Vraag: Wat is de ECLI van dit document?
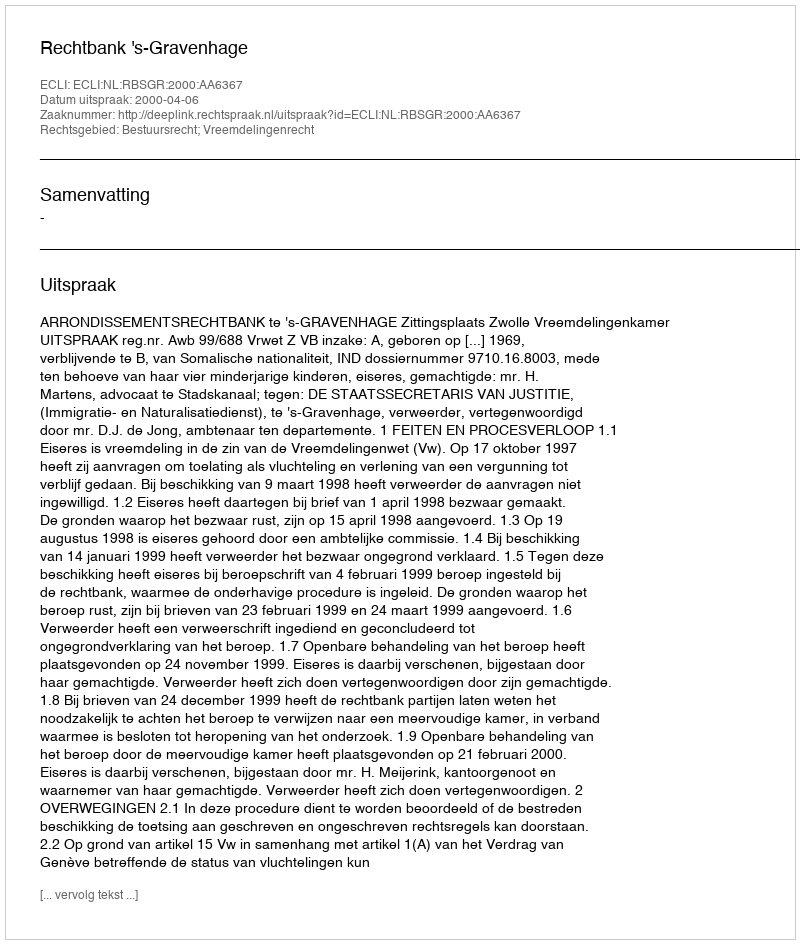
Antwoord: ECLI:NL:RBSGR:2000:AA6367